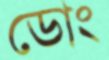
ডোং